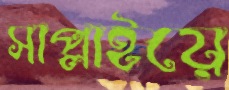
সাপ্লাইয়ে